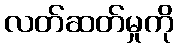
လတ်ဆတ်မှုကို